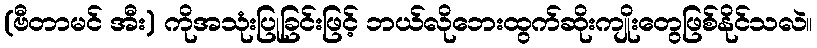
(ဗီတာမင် အီး) ကိုအသုံးပြုခြင်းဖြင့် ဘယ်လိုဘေးထွက်ဆိုးကျိုးတွေဖြစ်နိုင်သလဲ။